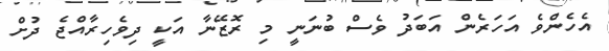
އެހެންވެ އަހަރެން އަބަދު ވެސް ބުނަނީ މި ރޮޒޭނާ އަކީ ދިވެހިރާއްޖެ ދުށް